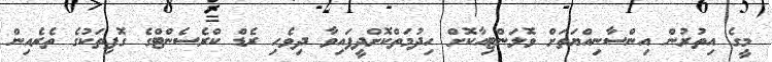
މީގެ އިތުރުން އިންސާނިއްޔަތަށް ވޮލަންޓިއާކޮށް ހިދުމަތްކޮށްދީފައިވާ ދިވެހި ރެޑް ކްރެސެންޓްގެ ގޮފިތަކުގެ ތެރެއިން